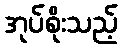
အုပ်စိုးသည့်